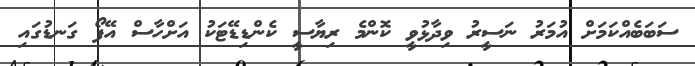
ސަބަބެއްކަމަށް އުމަރު ނަސީރު ވިދާޅުވީ ކޮންމެ ރިޔާސީ ކެންޑިޑޭޓަކު އަށްހާސް އޭފޯ ގަނޑުގައި